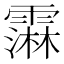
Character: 䨬